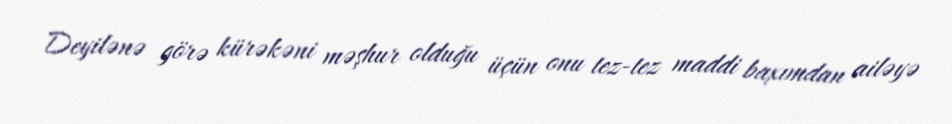
Deyilənə görə kürəkəni məşhur olduğu üçün onu tez-tez maddi baxımdan ailəyə